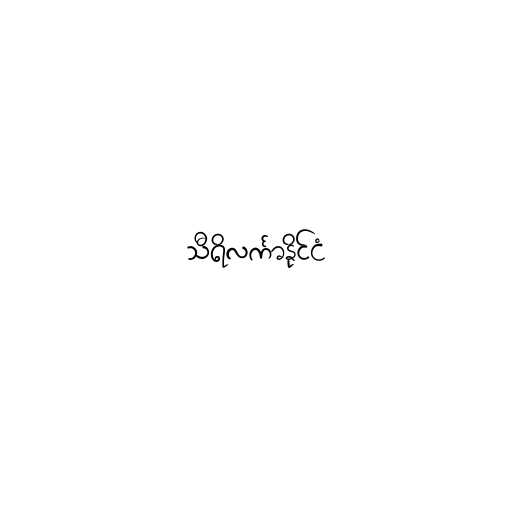
သီရိလင်္ကာနိုင်ငံ